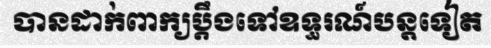
បានដាក់ពាក្យប្តឹងទៅឧទ្ធរណ៍បន្តទៀត